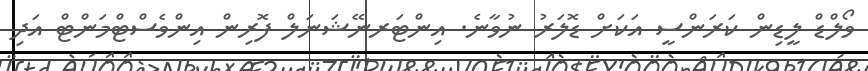
ވޯލްޑް ލީޑިން ކަރަންސީ އަކަށް ޑޮލަރު ނުވާނެ. އިންޓަރނޭޝަނަލް ފޮރިން އިންވެސްޓްމަންޓް އަދި